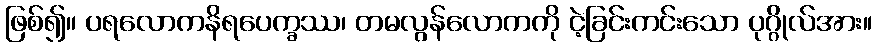
ဖြစ်၍။ ပရလောကနိရပေက္ခဿ၊ တမလွန်လောကကို ငဲ့ခြင်းကင်းသော ပုဂ္ဂိုလ်အား။